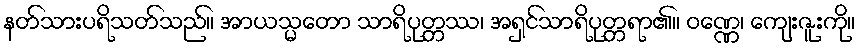
နတ်သားပရိသတ်သည်။ အာယသ္မတော သာရိပုတ္တဿ၊ အရှင်သာရိပုတ္တရာ၏။ ဝဏ္ဏေ၊ ကျေးဇူးကို။